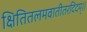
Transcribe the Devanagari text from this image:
क्षितितलमवातीतरदिदम्।।